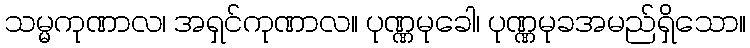
သမ္မကုဏာလ၊ အရှင်ကုဏာလ။ ပုဏ္ဏမုခေါ၊ ပုဏ္ဏမုခအမည်ရှိသော။